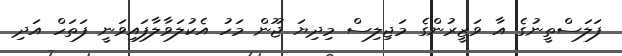
ފަލަސްތީނުގެ އާ ވަޒީރުންގެ މަޖިލިސް މިދިޔަ ޖޫން މަހު އެކުލަވާލާފައިވަނީ ފަތަހް އަދި